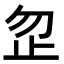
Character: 𪴵